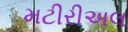
મટીરીઅલ